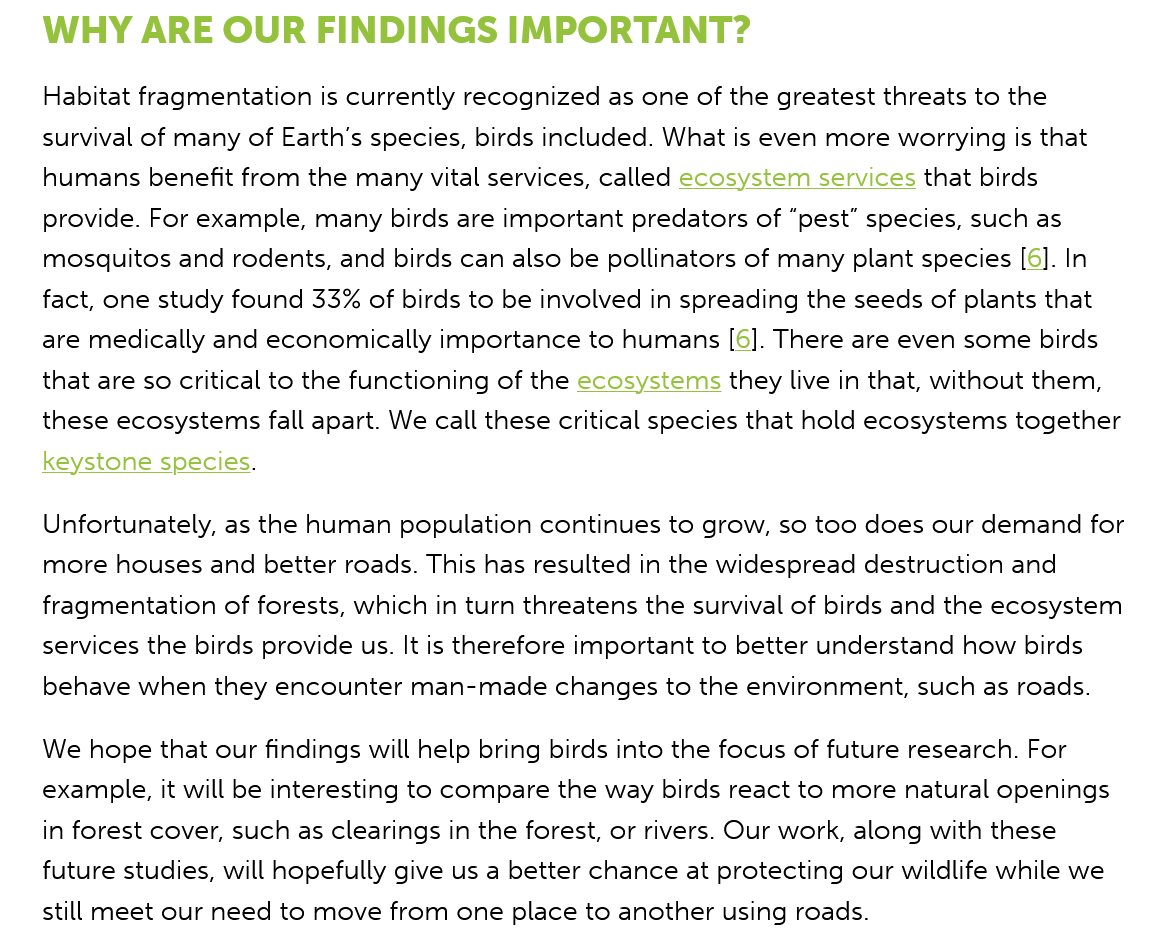
WHY    ARE  OUR  FINDINGS    IMPORTANT?
    Habitat fragmentation is currently recognized as one of the greatest threats to the
    survival of many of Earth's species, birds included. What is even more worrying is that
    humans benefit from the many vital services, called ecosystem services that birds
    provide. For example, many birds are important predators of “pest” species, such as
    mosquitos and rodents, and birds can also be pollinators of many plant species [6]. In
    fact, one study found 33% of birds to be involved in spreading the seeds of plants that
    are medically and economically importance to humans [6]. There are even some birds
    that are so critical to the functioning of the ecosystems they live in that, without them,
    these ecosystems fall apart. We call these critical species that hold ecosystems together
   keystone species.
    Unfortunately, as the human population continues to grow, so too does our demand for
    more houses and better roads. This has resulted in the widespread destruction and
    fragmentation of forests, which in turn threatens the survival of birds and the ecosystem
    services the birds provide us. It is therefore important to better understand how birds
    behave when they encounter man-made changes to the environment, such as roads.
    We hope that our findings will help bring birds into the focus of future research. For
    example, it will be interesting to compare the way birds react to more natural openings
    in forest cover, such as clearings in the forest, or rivers. Our work, along with these
    future studies, will hopefully give us a better chance at protecting our wildlife while we
    still meet our need to move from one place to another using roads.